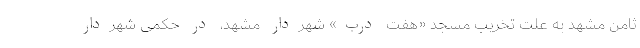
ثامن مشهد به علت تخریب مسجد «هفت درب» شهردار مشهد، در حکمی شهردار